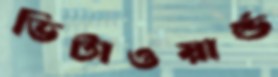
ভিটাওয়ার্ল্ড